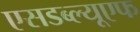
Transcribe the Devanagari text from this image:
एसडब्ल्यूएफ